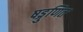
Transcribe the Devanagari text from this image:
षड्गुणित